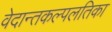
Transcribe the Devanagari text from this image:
वेदान्तकल्पलतिका